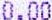
0.00